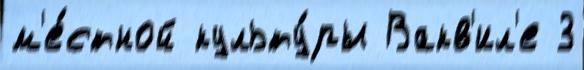
м'е́стной культу́ры Вакв'ил'е 3